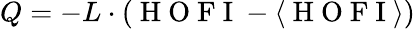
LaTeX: Q=-L\cdot(\mathrm{~H~O~F~I~}-\langle\mathrm{~H~O~F~I~}\rangle)